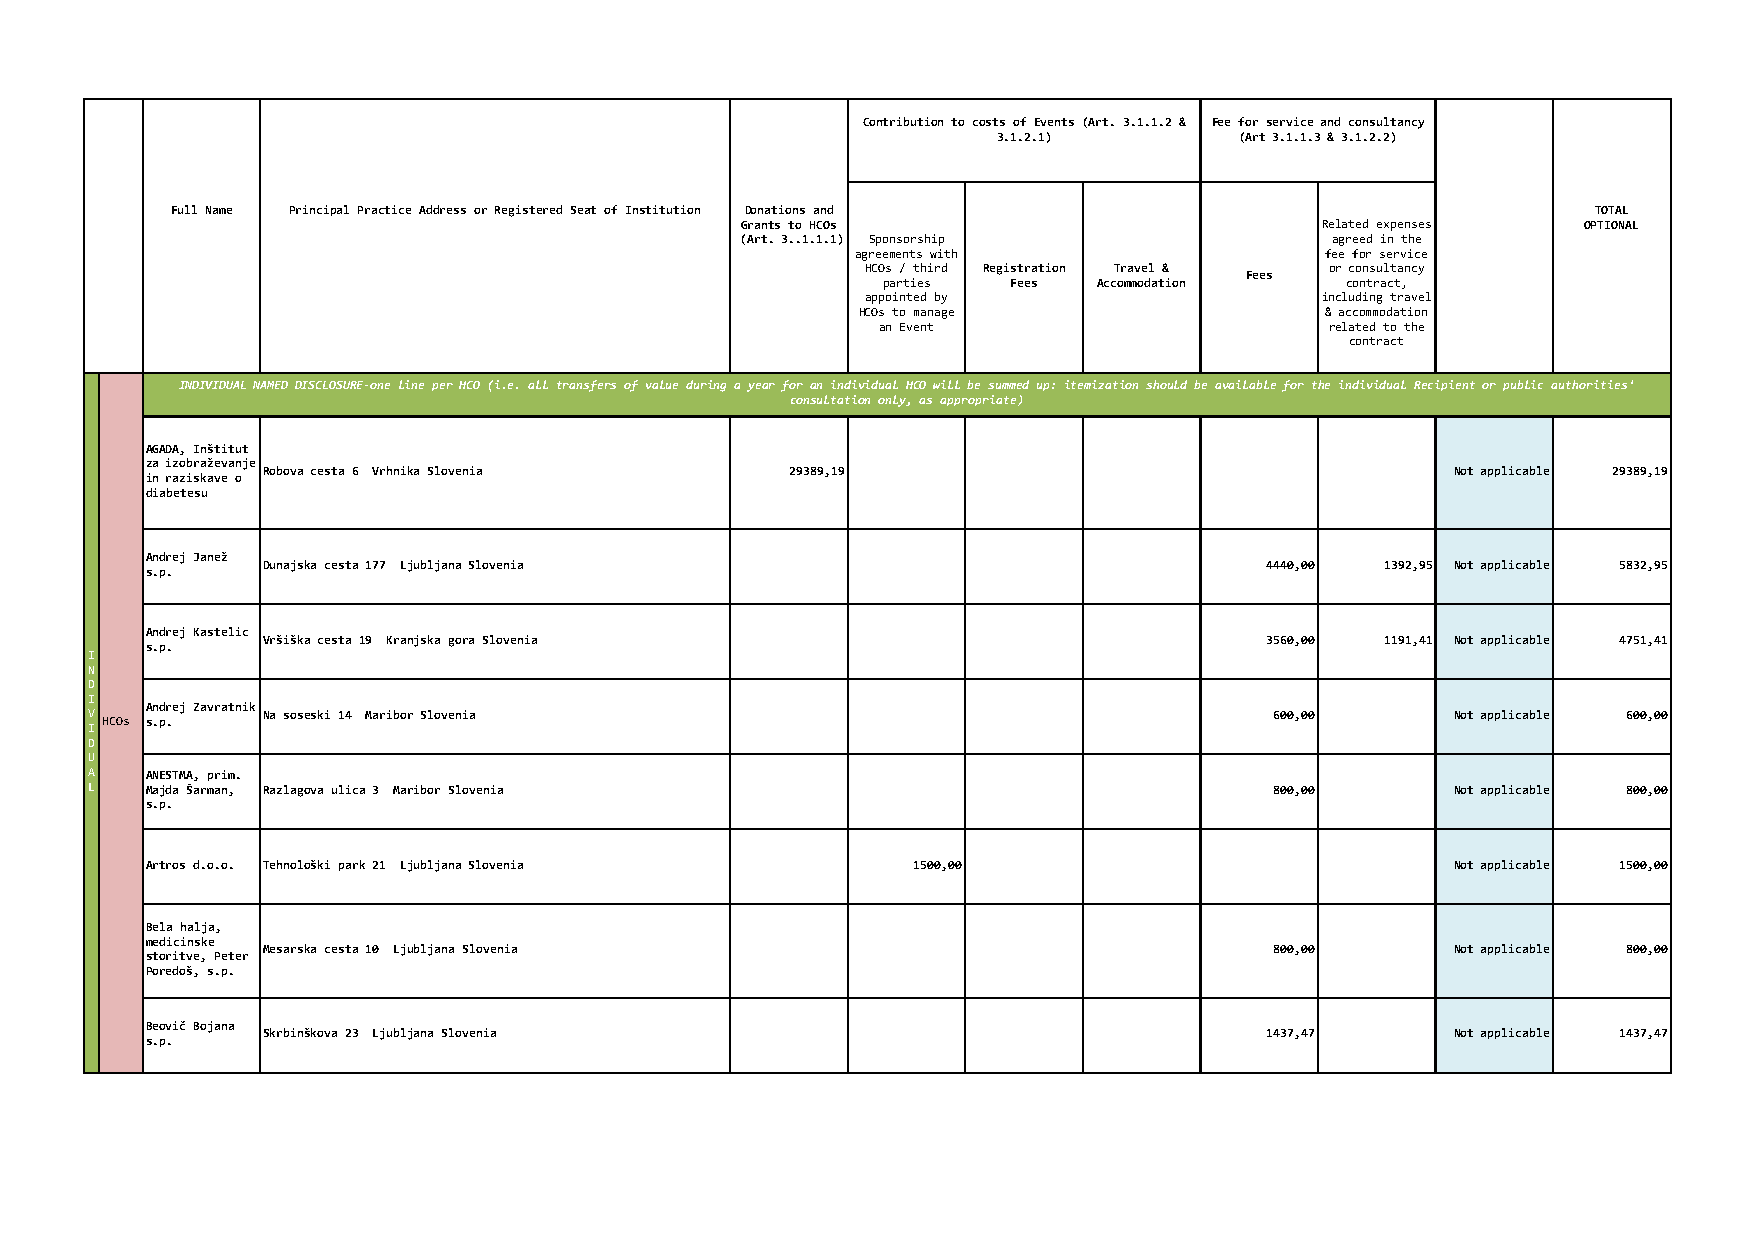
Contribution to costs of Events (Art. 3.1.1.2 & Fee for service and consultancy
 3.1.2.1)        (Art 3.1.1.3 & 3.1.2.2)
 Full Name Principal Practice Address or Registered Seat of Institution Donations and           TOTAL
 Grants to HCOs                        Related expenses  OPTIONAL
 (Art. 3..1.1.1) Sponsorship            agreed in the
 agreements with                fee for service
 HCOs / third Registration Travel & or consultancy
 Fees
 parties  Fees  Accommodation   contract,
 appointed by                  including travel
 HCOs to manage                 & accommodation
 an Event                      related to the
 contract
 INDIVIDUAL NAMED DISCLOSURE-one line per HCO (i.e. all transfers of value during a year for an individual HCO will be summed up: itemization should be available for the individual Recipient or public authorities'
 consultation only, as appropriate)
 AGADA, Inštitut
 za izobraževanje
 Robova cesta 6 Vrhnika Slovenia    29389,19                                    Not applicable 29389,19
 in raziskave o
 diabetesu
 Andrej Janež
 Dunajska cesta 177 Ljubljana Slovenia                              4440,00 1392,95 Not applicable 5832,95
 s.p.
 Andrej Kastelic
 Vršiška cesta 19 Kranjska gora Slovenia                            3560,00 1191,41 Not applicable 4751,41
 s.p.
 I
 N
 D
 I
 V
 I
 HCOs A sn .d pr .ej Zavratnik Na soseski 14 Maribor Slovenia                 600,00      Not applicable 600,00
 D
 U
 A   ANESTMA, prim.
 L   Majda Šarman, Razlagova ulica 3 Maribor Slovenia                          800,00      Not applicable 800,00
 s.p.
 Artros d.o.o. Tehnološki park 21 Ljubljana Slovenia 1500,00                           Not applicable 1500,00
 Bela halja,
 medicinske
 Mesarska cesta 10 Ljubljana Slovenia                               800,00      Not applicable 800,00
 storitve, Peter
 Poredoš, s.p.
 Beovič Bojana
 Skrbinškova 23 Ljubljana Slovenia                                  1437,47     Not applicable 1437,47
 s.p.